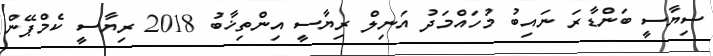
ސިޔާސީ ބަންޑާރަ ނައިބު މުހައްމަދު އަނިލް ރިޔާސީ އިންތިޚާބު 2018 ރިޔާސީ ކެމްޕޭން